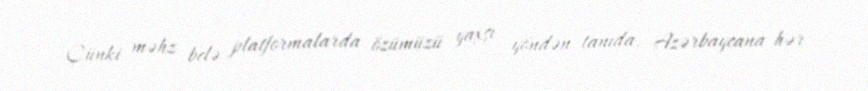
Çünki məhz belə platformalarda özümüzü yaxşı yöndən tanıda, Azərbaycana hər